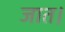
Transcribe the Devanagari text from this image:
जात।